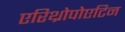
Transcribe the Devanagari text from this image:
एरिथ्रोपोएटिन